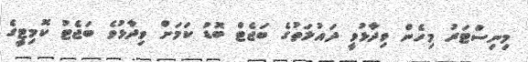
މިނިސްޓަރު މިހެން ވިދާޅުވީ ދައުލަތުގެ ބަޖެޓް ބޮޑު ކަމަށް ވިދާޅުވެ ބަޖެޓު ކޮމިޓީގެ